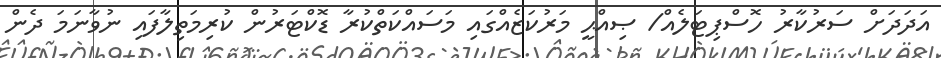
އަދަދަށް ސަރުކާރު ހޮސްޕިޓަލެއް/ ޞިއްޙީ މަރުކަޒެއްގައި މަސައްކަތްކުރާ ޑޮކްޓަރުން ކުރިމަތިލާފައި ނުވާނަމަ ދެން